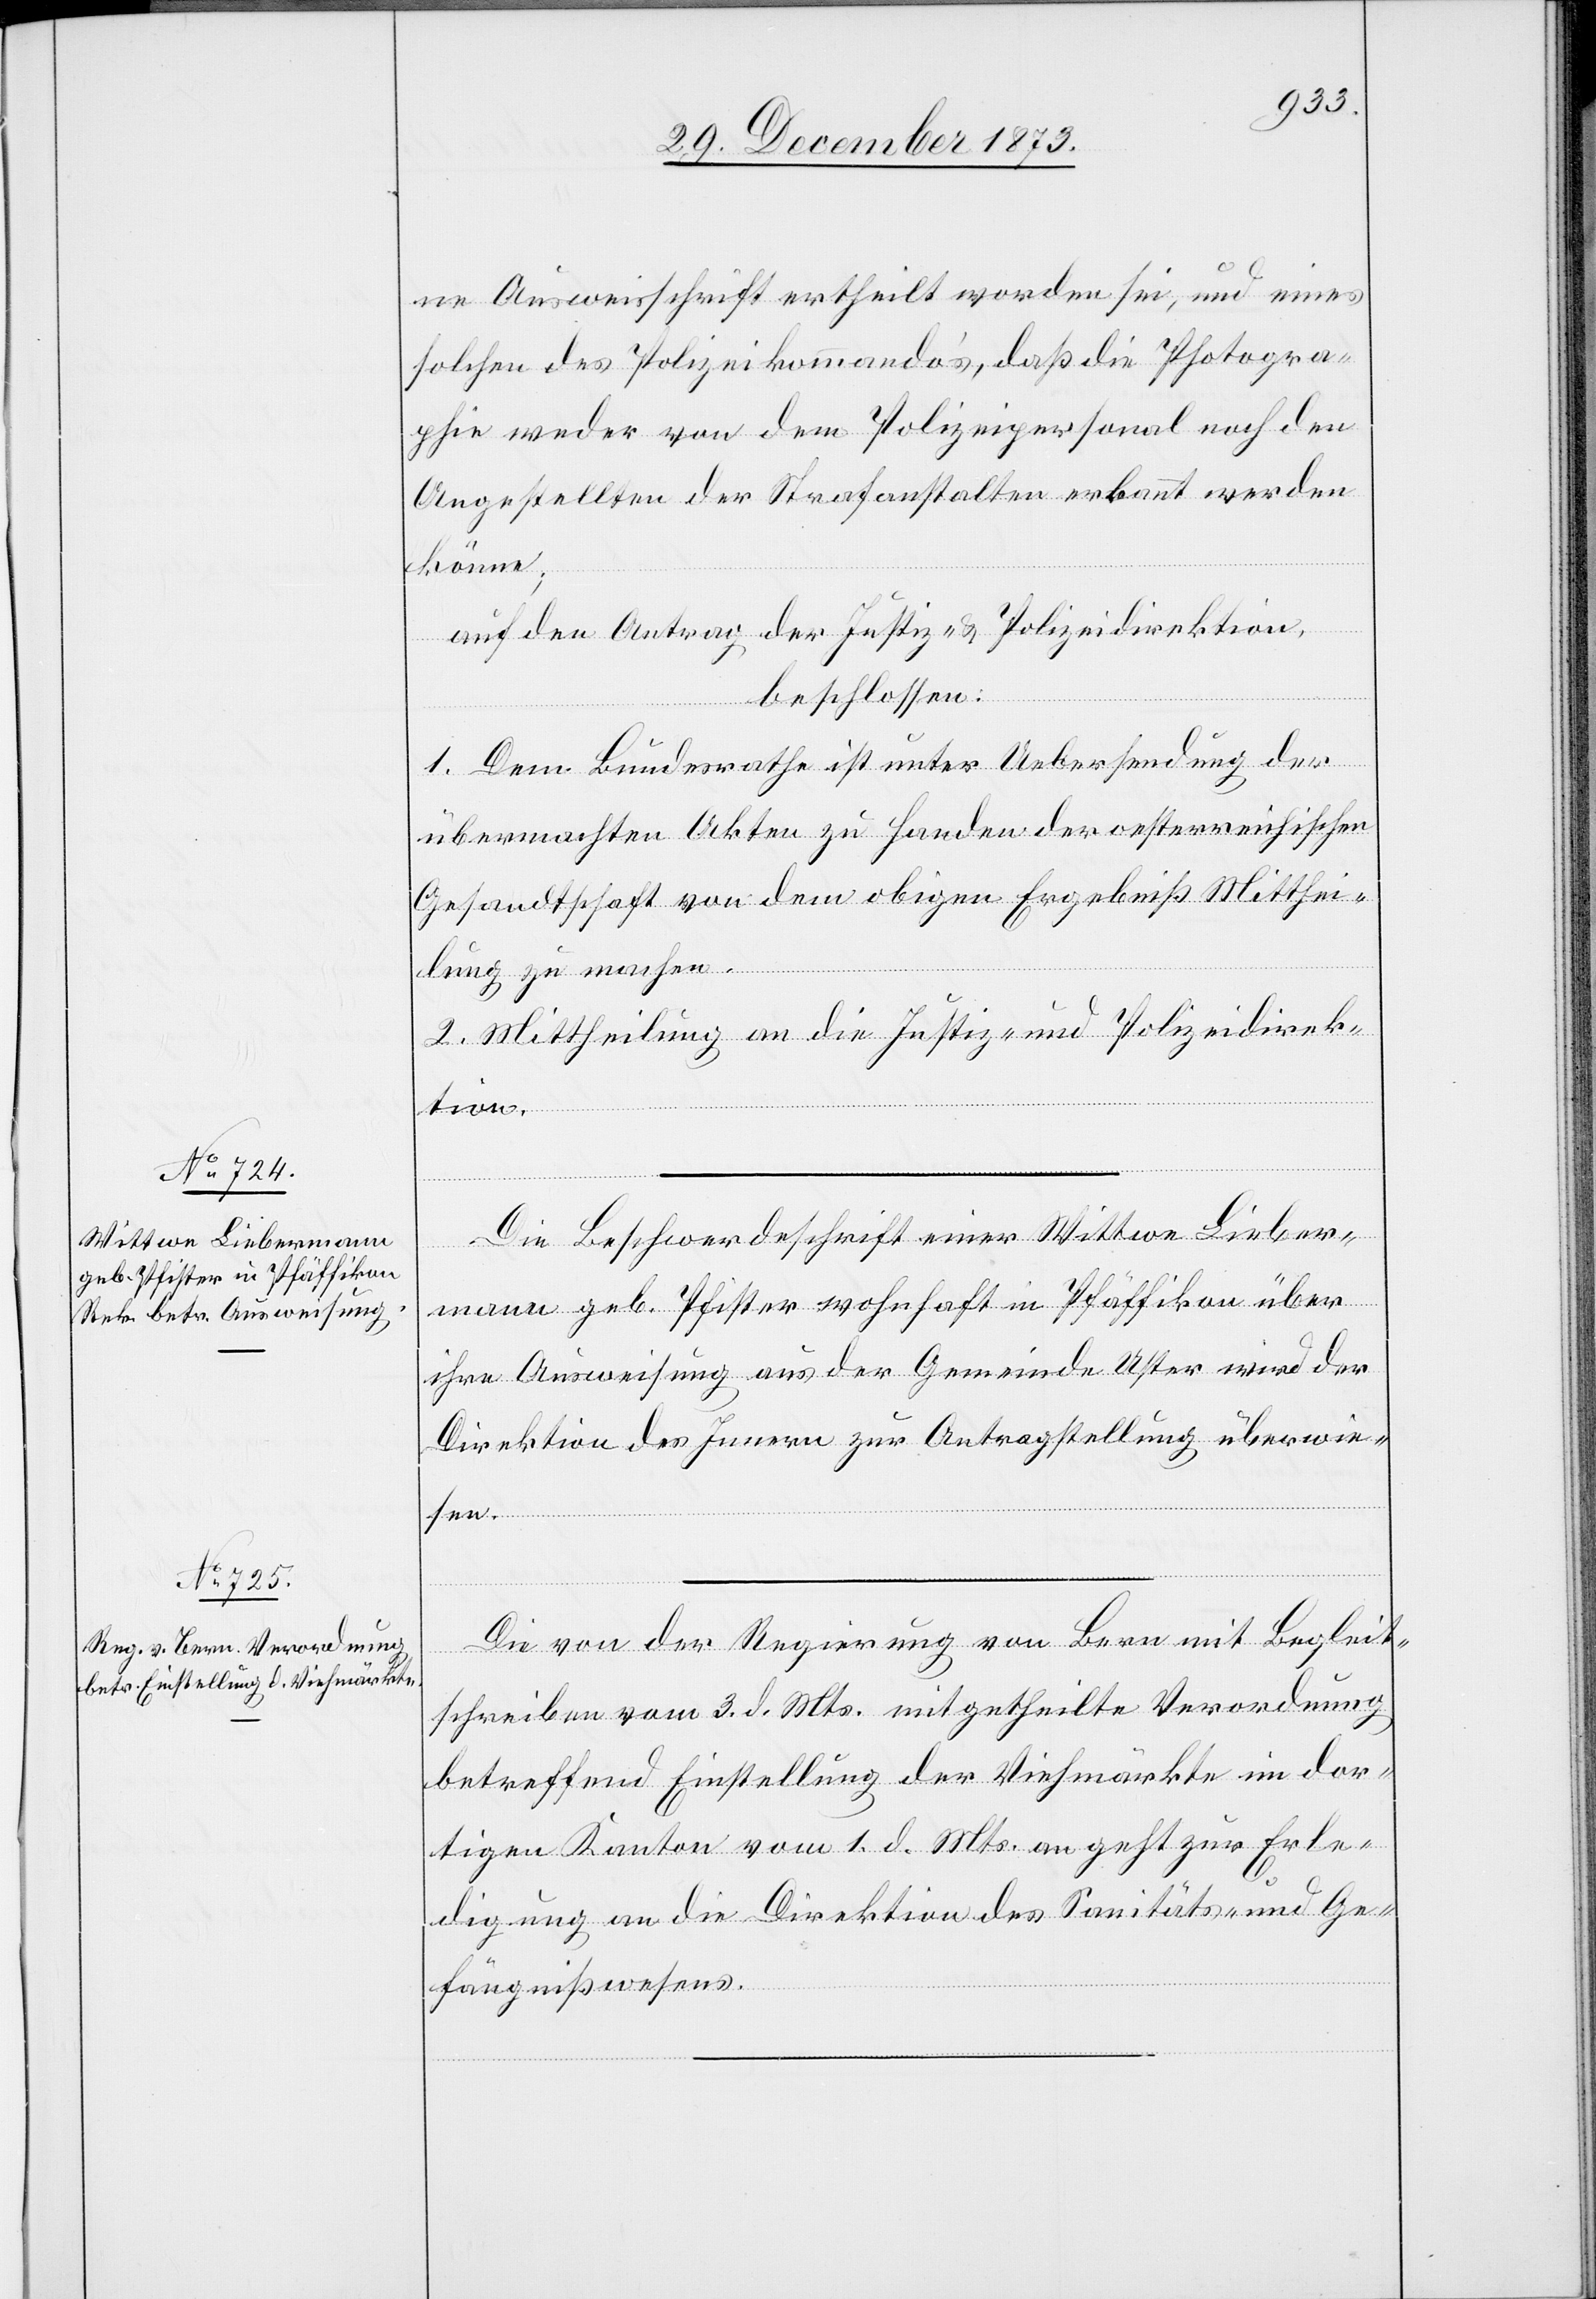
5. Januar 1874.]
ne Ausweisschrift ertheilt worden sei, und eines
solchen des Polizeikommando’s, daß die Photogra¬
phie weder von dem Polizeipersonal noch den
Angestellten der Strafanstalten erkannt werden
könne;
auf den Antrag der Justiz- & Polizeidirektion,
beschlossen:
1. Dem Bundesrathe ist unter Uebersendung der
übermachten Akten zu Handen der oesterreichischen
Gesandtschaft von dem obigen Ergebniß Mitthei¬
lung zu machen.
2. Mittheilung an die Justiz- und Polizeidirek¬
tion.
Die Beschwerdeschrift einer Wittwe Lieber¬
mann geb. Pfister wohnhaft in Pfäffikon über
ihre Ausweisung aus der Gemeinde Uster wird der
Direktion des Innern zur Antragstellung überwie¬
sen.
Die von der Regierung von Bern mit Begleit¬
schreiben vom 3. d. Mts. mitgetheilte Verordnung
betreffend Einstellung der Viehmärkte im dor¬
tigen Kanton vom 1. d. Mts. an geht zur Erle¬
digung an die Direktion des Sanitäts- und Ge¬
fängnißwesens.